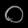
Digit: ၀